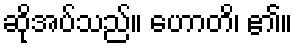
ဆိုအပ်သည်။ ဟောတိ၊ ၏။